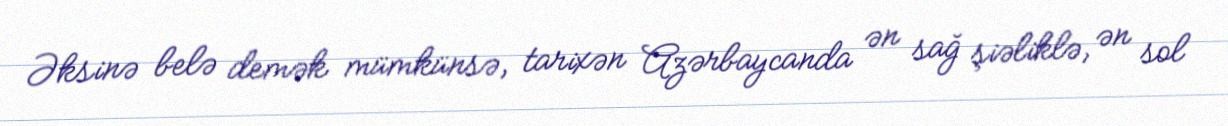
Əksinə belə demək mümkünsə, tarixən Azərbaycanda ən sağ şiəliklə, ən sol